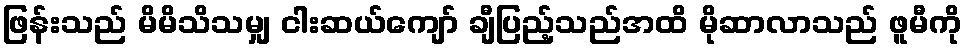
ဖြန်းသည် မိမိသိသမျှ ငါးဆယ်ကျော် ချီပြည့်သည်အထိ မိုဆာလာသည် ဖူမီကို